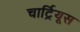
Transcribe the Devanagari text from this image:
चार्ट्रियूस